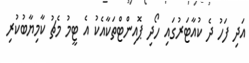
އަދި ފަހު ދެ ކުއާޓަރުގައި ހޯދި ޕޮއިންޓްތަކާއެކު އެ ޓީމު މެޗު ކާމިޔާބުކުރި